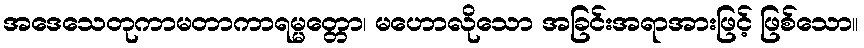
အဒေသေတုကာမတာကာရမ္မတ္တော၊ မဟောလိုသော အခြင်းအရာအားဖြင့် ဖြစ်သော။